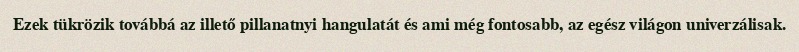
Ezek tükrözik továbbá az illető pillanatnyi hangulatát és ami még fontosabb, az egész világon univerzálisak.